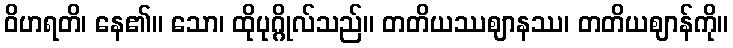
ဝိဟရတိ၊ နေ၏။ သော၊ ထိုပုဂ္ဂိုလ်သည်။ တတိယဿဈာနဿ၊ တတိယဈာန်ကို။